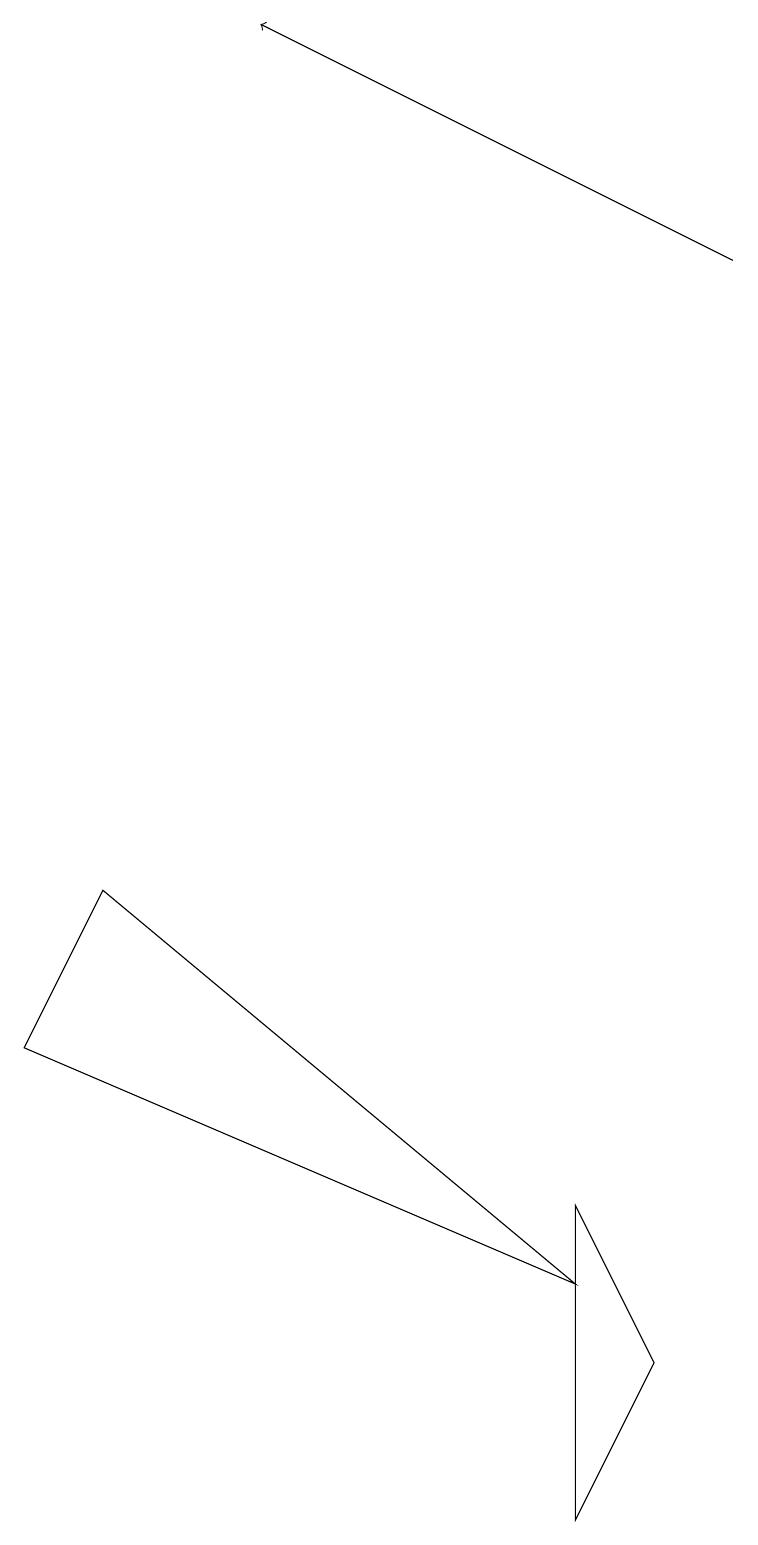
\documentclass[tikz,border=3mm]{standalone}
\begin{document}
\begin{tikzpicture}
\draw (7,3) -- (1,8) -- (0,6) -- cycle;
\draw[->] (9,16) -- (3,19);
\draw (7,4) -- (7,0) -- (8,2) -- cycle;
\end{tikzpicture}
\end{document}